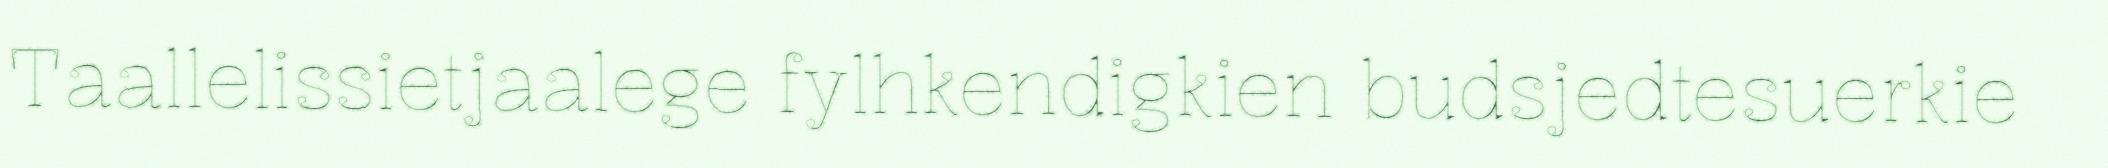
Taallelissietjaalege fylhkendigkien budsjedtesuerkie